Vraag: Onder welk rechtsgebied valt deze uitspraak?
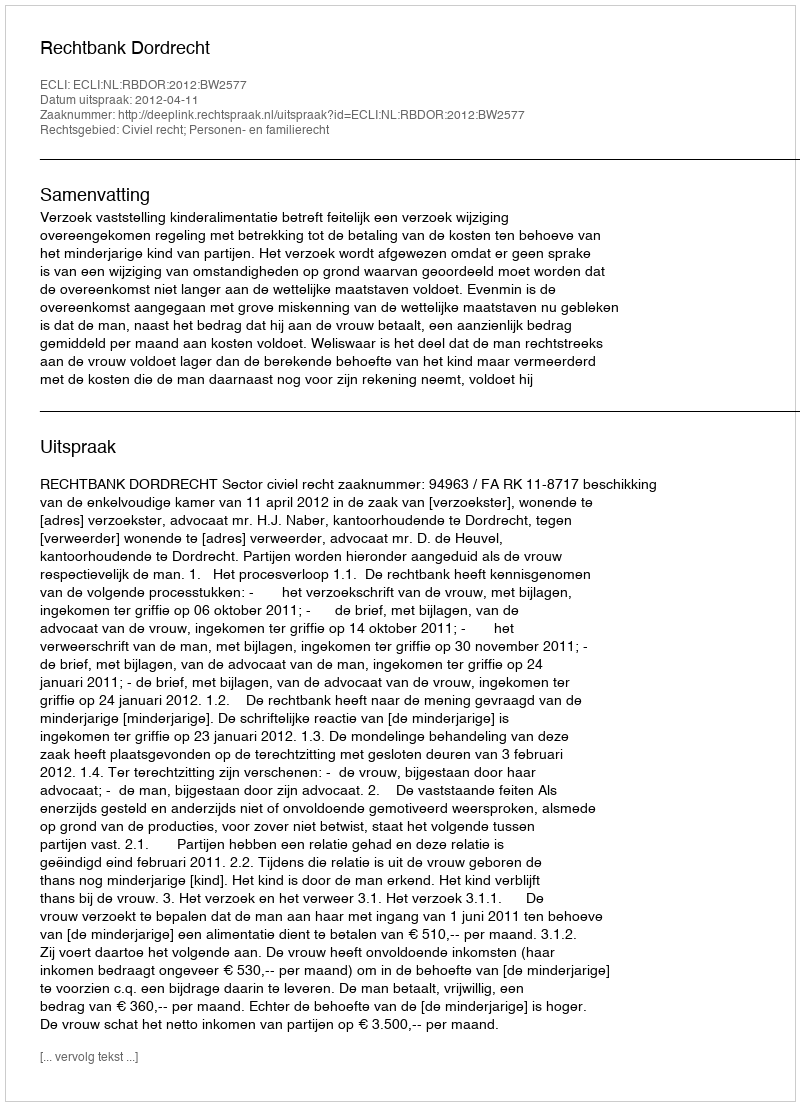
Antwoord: Civiel recht; Personen- en familierecht